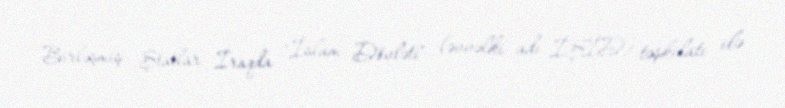
Birləşmiş Ştatlar İraqda "İslam Dövləti" (əvvəlki adı İŞİD) təşkilatı ilə